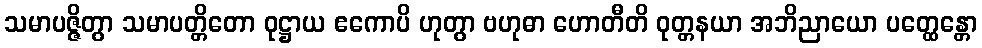
သမာပဇ္ဇိတွာ သမာပတ္တိတော ဝုဋ္ဌာယ ဧကောပိ ဟုတွာ ဗဟုဓာ ဟောတီတိ ဝုတ္တနယာ အဘိညာယော ပတ္ထေန္တော